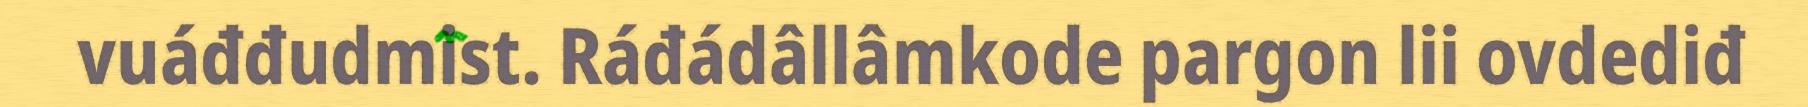
vuáđđudmist. Ráđádâllâmkode pargon lii ovdediđ